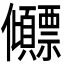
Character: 𫤕